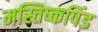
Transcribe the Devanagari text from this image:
मस्तिष्कपिंड